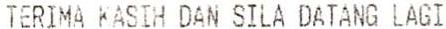
TERIMA KASIH DAN SILA DATANG LAGI